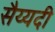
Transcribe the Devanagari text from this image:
सैय्यदी